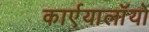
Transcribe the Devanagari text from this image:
कार्एयालाॅयो